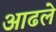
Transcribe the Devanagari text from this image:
आढले